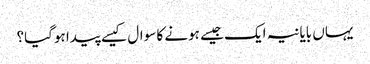
یہاں بایانیہ ایک جیسے ہونے کا سوال کیسے پیدا ہوگیا؟